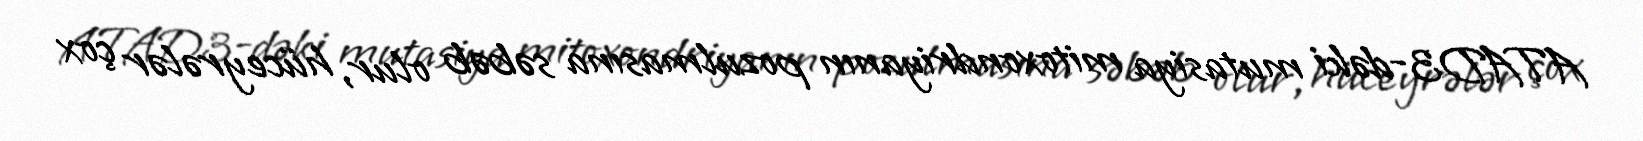
ATAD3-dəki mutasiya mitoxondriyanın pozulmasına səbəb olur, hüceyrələr çox